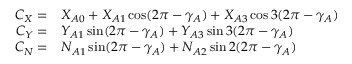
\begin{array} { r } { \begin{array} { r l } { C _ { X } = } & { { } X _ { A 0 } + X _ { A 1 } \cos ( 2 \pi - \gamma _ { A } ) + X _ { A 3 } \cos 3 ( 2 \pi - \gamma _ { A } ) } \\ { C _ { Y } = } & { { } Y _ { A 1 } \sin ( 2 \pi - \gamma _ { A } ) + Y _ { A 3 } \sin 3 ( 2 \pi - \gamma _ { A } ) } \\ { C _ { N } = } & { { } N _ { A 1 } \sin ( 2 \pi - \gamma _ { A } ) + N _ { A 2 } \sin 2 ( 2 \pi - \gamma _ { A } ) } \end{array} } \end{array}